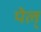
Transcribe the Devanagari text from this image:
पेल्